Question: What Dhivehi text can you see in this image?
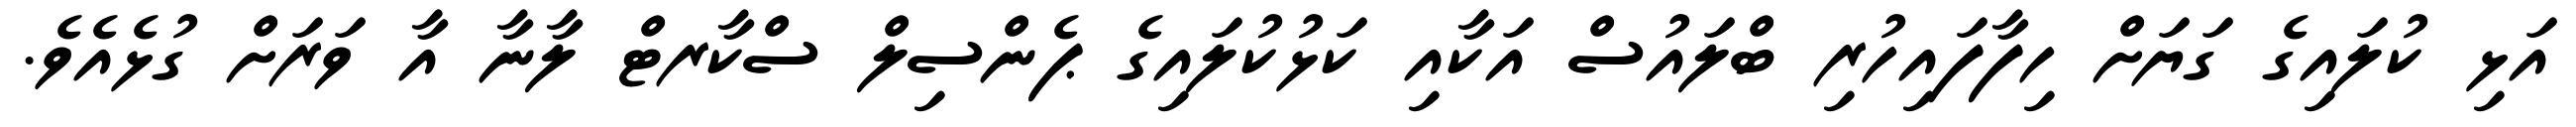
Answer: އަޅި ކުލައިގެ ގަޔަށް ހިފާފައިހުރި ބްލައުސް އަކާއި ކަޅުކުލައިގެ ޕެންސިލް ސްކާރޓް ލާނާ އާ ވަރަށް ގުޅެއެވެ.